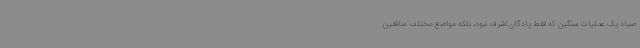
صیاد یک عملیات سنگین که فقط پادگان اشرف نبود، بلکه مواضع مختلف منافقین